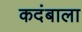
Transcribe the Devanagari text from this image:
कदंबाला